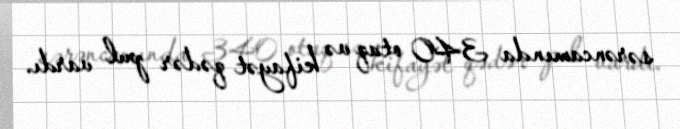
sərəncamında 340 otaq və kifayət qədər pul vardı.